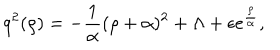
q ^ { 2 } ( \rho ) = - { \frac { 1 } { \alpha } } ( \rho + \alpha ) ^ { 2 } + \Lambda + \epsilon e ^ { \frac { \rho } { \alpha } } ,